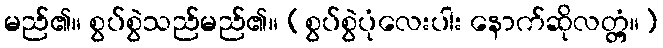
မည်၏။ စွပ်စွဲသည်မည်၏။ (စွပ်စွဲပုံလေးပါး နောက်ဆိုလတ္တံ့။)